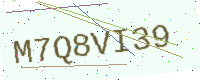
Text: M7Q8VI39